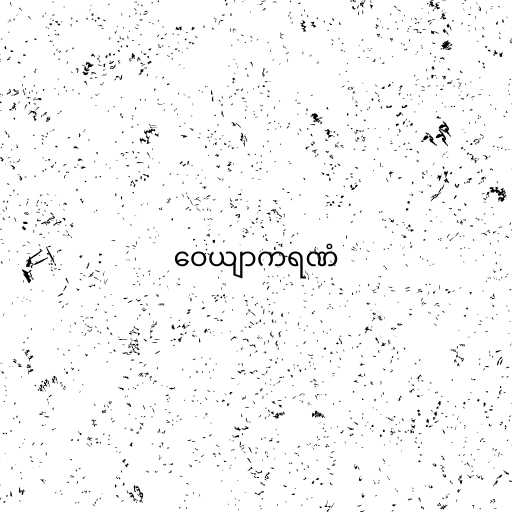
ဝေယျာကရဏံ